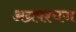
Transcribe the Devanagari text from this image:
अग्रपश्चज